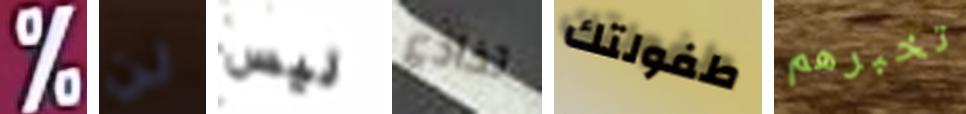
% لن ليس تخادع طفولتك تخبرهم